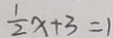
\frac { 1 } { 2 } x + 3 = 1